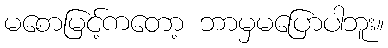
မစောမြင့်ကတော့ ဘာမှမပြောပါဘူး။